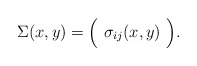
\begin{align*}\Sigma(x,y) =\Bigl(\ \sigma_{ij}(x,y)\ \Bigl).\end{align*}